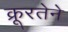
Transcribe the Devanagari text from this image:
क्रूरतेने